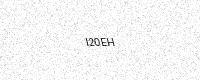
Text: I20EH